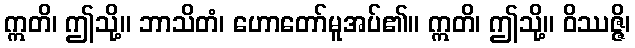
ဣတိ၊ ဤသို့။ ဘာသိတံ၊ ဟောတော်မူအပ်၏။ ဣတိ၊ ဤသို့။ ဝိဿဇ္ဇိ၊